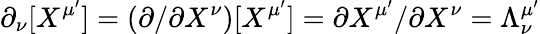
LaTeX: \partial_{\nu}[X^{\mu^{\prime}}]=(\partial/\partial X^{\nu})[X^{\mu^{\prime}}]=\partial X^{\mu^{\prime}}/\partial X^{\nu}=\Lambda_{\nu}^{\mu^{\prime}}